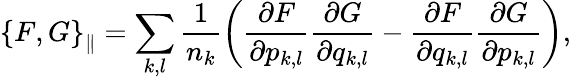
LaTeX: \left\{ F,G\right\} _{\parallel}=\sum_{k,l}{\frac{1}{n_{k}}\left(\frac{\partial F}{\partial p_{k,l}}\frac{\partial G}{\partial q_{k,l}}-\frac{\partial F}{\partial q_{k,l}}\frac{\partial G}{\partial p_{k,l}}\right)},